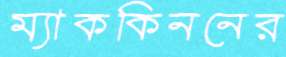
ম্যাককিননের